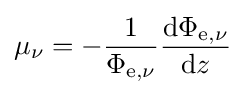
\mu _{\nu }=-{\frac {1}{\Phi _{\mathrm {e} ,\nu }}}{\frac {\mathrm {d} \Phi _{\mathrm {e} ,\nu }}{\mathrm {d} z}}